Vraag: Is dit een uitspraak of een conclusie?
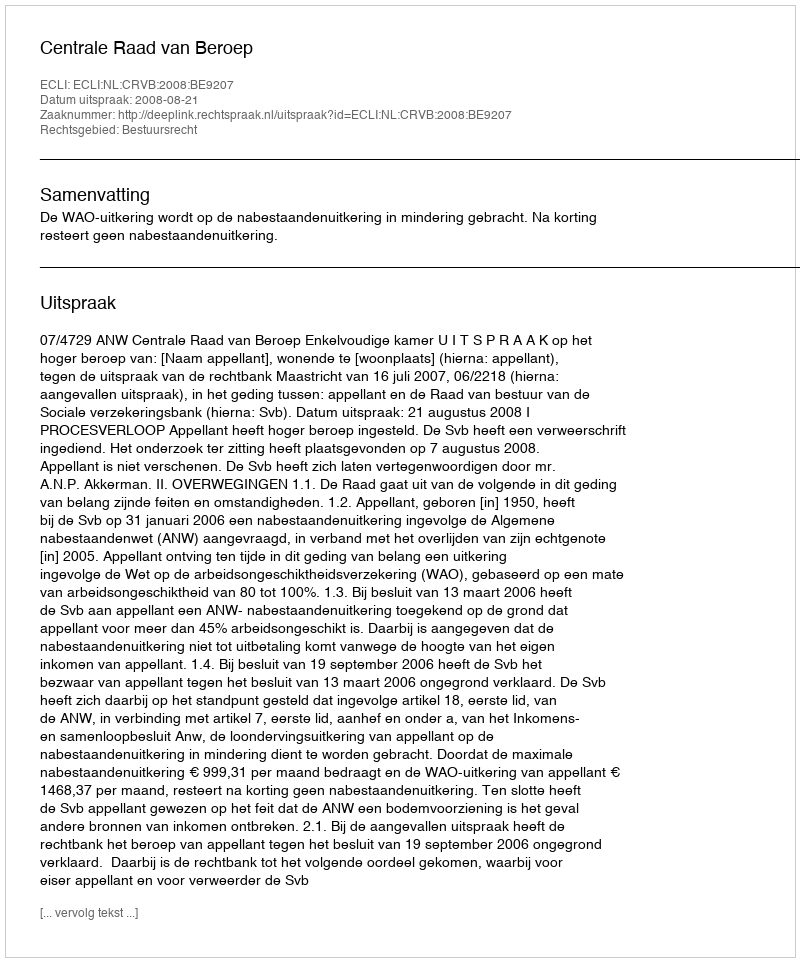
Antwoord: Uitspraak